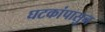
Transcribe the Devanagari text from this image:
घटकांपासुन